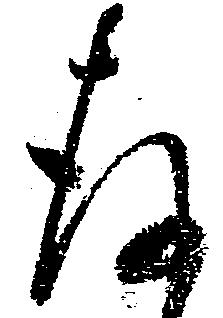
存